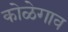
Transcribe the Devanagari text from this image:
कोळेगाव